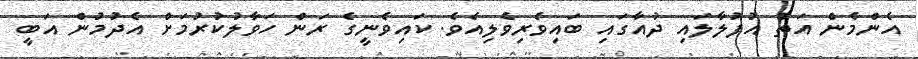
އެންމެން އަތް އުފުލާލައި ދުއާގައި ބައިވެރިވެލިއެވެ. ކައިވެނީގެ ރަން ހަވާލުކުރުމަށް އެދުމުން އަބީ